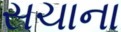
સચાના